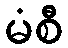
မံစီ